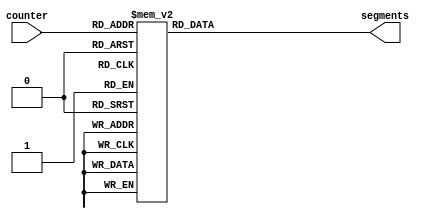

/*
      -- 1 --
     |       |
     6       2
     |       |
      -- 7 --
     |       |
     5       3
     |       |
      -- 4 --
*/

module seg7 (
    input wire [3:0] counter,
    output reg [6:0] segments
);

    always @(*) begin
        case(counter)
            //                7654321
            0:  segments = 7'b0111111;
            1:  segments = 7'b0000110;
            2:  segments = 7'b1011011;
            3:  segments = 7'b1001111;
            4:  segments = 7'b1100110;
            5:  segments = 7'b1101101;
            6:  segments = 7'b1111100;
            7:  segments = 7'b0000111;
            8:  segments = 7'b1111111;
            9:  segments = 7'b1100111;
            default:    
                segments = 7'b0000000;
        endcase
    end

endmodule